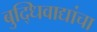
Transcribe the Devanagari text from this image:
बुद्धिवाद्यांचा